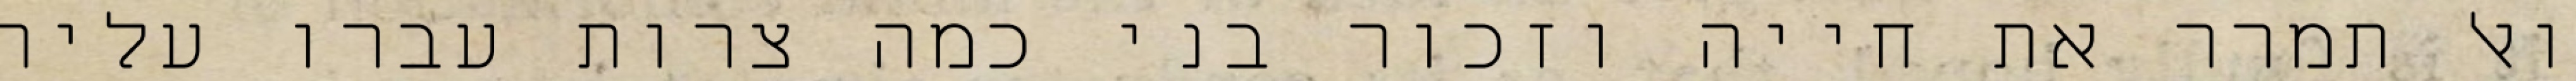
ואל תמרר את חייה וזכור בני כמה צרות עברו עליה